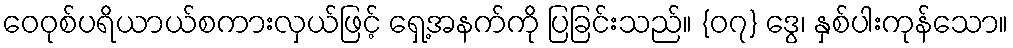
ဝေဝုစ်ပရိယာယ်စကားလှယ်ဖြင့် ရှေ့အနက်ကို ပြခြင်းသည်။ {၀၇} ဒွေ၊ နှစ်ပါးကုန်သော။